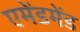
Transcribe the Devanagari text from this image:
एमेंडमेंड